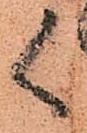
く